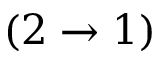
( 2 \rightarrow 1 )